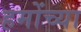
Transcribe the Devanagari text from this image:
हमोंच्या